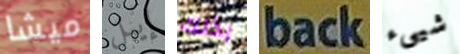
ميشا إيبل بذلك back شيىء